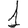
Digit: 1